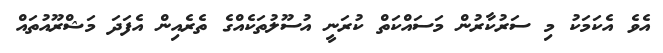
އެވެ އެކަމަކު މި ސަރުކާރުން މަސައްކަތް ކުރަނީ އުސޫލުތަކެއްގެ ތެރެއިން އެފަދަ މަޝްރޫއުތައް